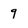
Character: 9